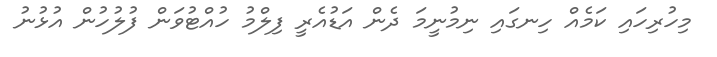
މިހުރިހައި ކަމެއް ހިނގައި ނިމުނީމަ ދެން އަޑުއެރީ ފިލްމު ހުއްޓުވަން ފުލުހުުން އުޅުނު